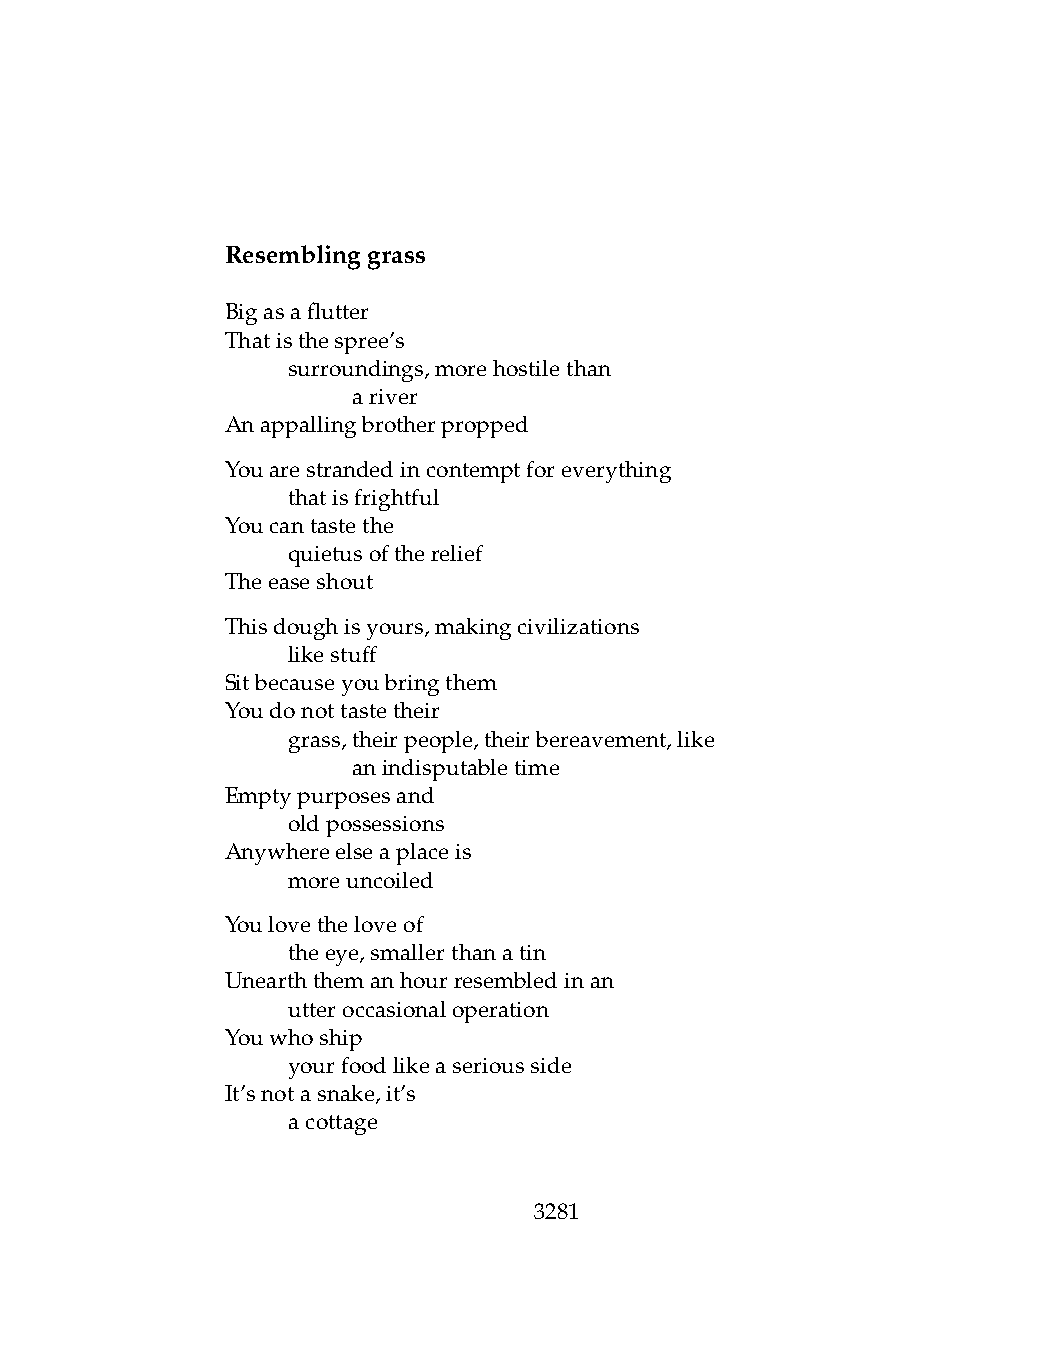
Resemblinggrass
 Bigasaflutter
 Thatisthespree’s
 .   surroundings,morehostilethan
 .   .   ariver
 Anappallingbrotherpropped
 Youarestrandedincontemptforeverything
 .   thatisfrightful
 Youcantastethe
 .   quietusoftherelief
 Theeaseshout
 Thisdoughisyours,makingcivilizations
 .   likestuff
 Sitbecauseyoubringthem
 Youdonottastetheir
 .   grass,theirpeople,theirbereavement,like
 .   .   anindisputabletime
 Emptypurposesand
 .   oldpossessions
 Anywhereelseaplaceis
 .   moreuncoiled
 Youlovetheloveof
 .   theeye,smallerthanatin
 Unearththemanhourresembledinan
 .   utteroccasionaloperation
 Youwhoship
 .   yourfoodlikeaseriousside
 It’snotasnake,it’s
 .   acottage
 3281